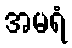
အမရံ